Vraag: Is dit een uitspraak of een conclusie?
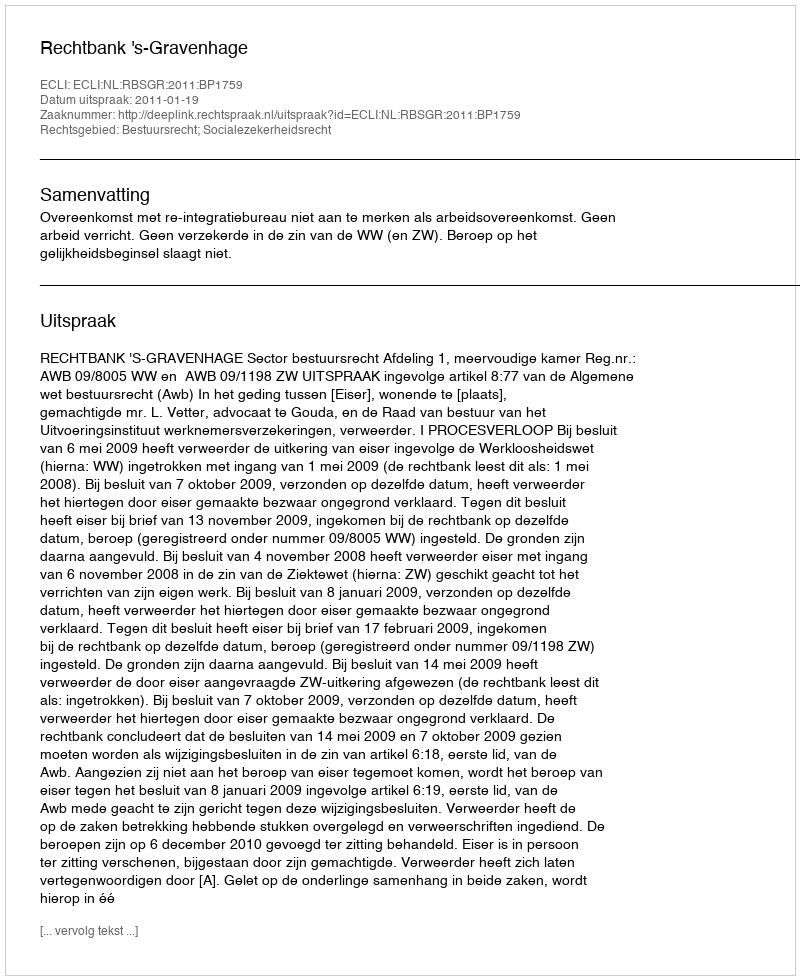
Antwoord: Uitspraak